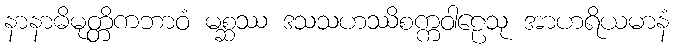
နာနာဓိမုတ္တိကဘာဝံ မစ္ဆဿ ဒသသဟဿိစက္ကဝါဠေသု အာဟရိယမာနံ